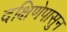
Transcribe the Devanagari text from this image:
दक्षिणेपासुन